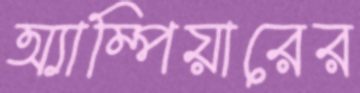
অ্যাম্পিয়ারের